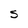
Character: S